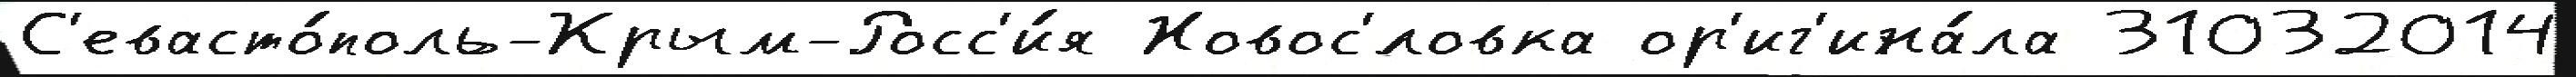
С'евасто́поль-Крым-Росс'и́я Новос'́ловка ор'иг'ина́ла 31032014